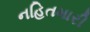
નહિતમારી